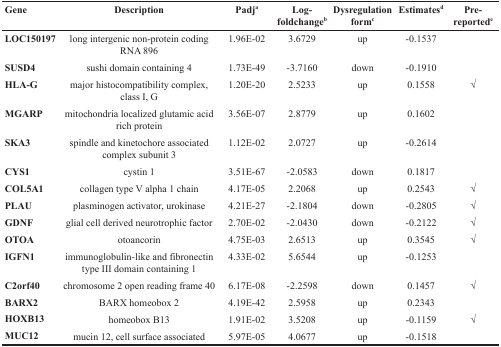
<table><thead><tr><td><b>Gene</b></td><td><b>Description</b></td><td><b>Padj<sup>a</sup></b></td><td><b>Log-foldchange<sup>b</sup></b></td><td><b>Dysregulation form<sup>c</sup></b></td><td><b>Estimates<sup>d</sup></b></td><td><b>Pre-reported<sup>e</sup></b></td></tr></thead><tbody><tr><td><b>LOC150197</b></td><td>long intergenic non-protein coding RNA 896</td><td>1.96E-02</td><td>3.6729</td><td>up</td><td>-0.1537</td><td></td></tr><tr><td><b>SUSD4</b></td><td>sushi domain containing 4</td><td>1.73E-49</td><td>-3.7160</td><td>down</td><td>-0.1910</td><td></td></tr><tr><td><b>HLA-G</b></td><td>major histocompatibility complex, class I, G</td><td>1.20E-20</td><td>2.5233</td><td>up</td><td>0.1558</td><td>√</td></tr><tr><td><b>MGARP</b></td><td>mitochondria localized glutamic acid rich protein</td><td>3.56E-07</td><td>2.8779</td><td>up</td><td>0.1602</td><td></td></tr><tr><td><b>SKA3</b></td><td>spindle and kinetochore associated complex subunit 3</td><td>1.12E-02</td><td>2.0727</td><td>up</td><td>-0.2614</td><td></td></tr><tr><td><b>CYS1</b></td><td>cystin 1</td><td>3.51E-67</td><td>-2.0583</td><td>down</td><td>0.1817</td><td></td></tr><tr><td><b>COL5A1</b></td><td>collagen type V alpha 1 chain</td><td>4.17E-05</td><td>2.2068</td><td>up</td><td>0.2543</td><td>√</td></tr><tr><td><b>PLAU</b></td><td>plasminogen activator, urokinase</td><td>4.21E-27</td><td>-2.1804</td><td>down</td><td>-0.2805</td><td>√</td></tr><tr><td><b>GDNF</b></td><td>glial cell derived neurotrophic factor</td><td>2.70E-02</td><td>-2.0430</td><td>down</td><td>-0.2122</td><td>√</td></tr><tr><td><b>OTOA</b></td><td>otoancorin</td><td>4.75E-03</td><td>2.6513</td><td>up</td><td>0.3545</td><td>√</td></tr><tr><td><b>IGFN1</b></td><td>immunoglobulin-like and fibronectin type III domain containing 1</td><td>4.33E-02</td><td>5.6544</td><td>up</td><td>-0.1253</td><td></td></tr><tr><td><b>C2orf40</b></td><td>chromosome 2 open reading frame 40</td><td>6.17E-08</td><td>-2.2598</td><td>down</td><td>0.1457</td><td>√</td></tr><tr><td><b>BARX2</b></td><td>BARX homeobox 2</td><td>4.19E-42</td><td>2.5958</td><td>up</td><td>0.2343</td><td></td></tr><tr><td><b>HOXB13</b></td><td>homeobox B13</td><td>1.91E-02</td><td>3.5208</td><td>up</td><td>-0.1159</td><td>√</td></tr><tr><td><b>MUC12</b></td><td>mucin 12, cell surface associated</td><td>5.97E-05</td><td>4.0677</td><td>up</td><td>-0.1518</td><td></td></tr></tbody></table>